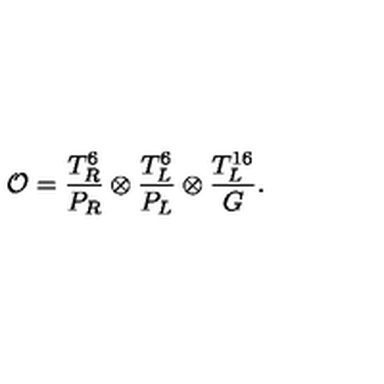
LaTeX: { \cal O } = \frac { T _ { R } ^ { 6 } } { P _ { R } } \otimes \frac { T _ { L } ^ { 6 } } { P _ { L } } \otimes \frac { T _ { L } ^ { 1 6 } } { G } .